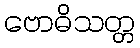
ဗောဓိသတ္တ